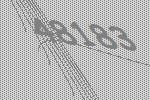
48183